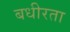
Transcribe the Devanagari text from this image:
बधीरता